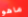
ماهو